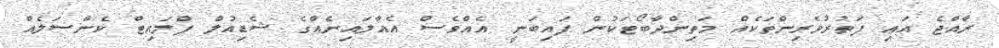
ރާއްޖެ އައި ފަތުރުވެރިންތަކެއް މަތިންދާބޯޓަކުން ފައިބަނީ. އެއްވެސް އެއާލައިނެއްގެ ޝެޑިއުލް ފްލައިޓް ކެންސަލެއް